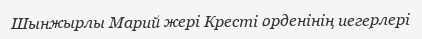
Шынжырлы Марий жері Кресті орденінің иегерлері